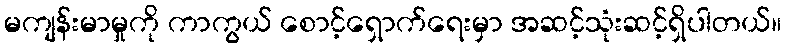
မကျန်းမာမှုကို ကာကွယ် စောင့်ရှောက်ရေးမှာ အဆင့်သုံးဆင့်ရှိပါတယ်။